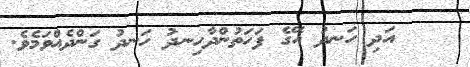
٢    އަދި ހަނދު އޭގެ ފަހަތުންދާހިނދު ހަނދު ގަންދެއްވަމެވެ.